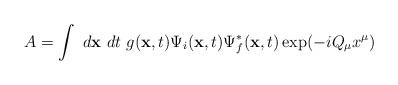
LaTeX: \begin{align*}A = \int~d{\bf x}~dt~ g({\bf x},t) \Psi_i ({\bf x},t) \Psi_f^{*} ({\bf x}, t) \exp(-i Q_{\mu} x^{\mu})\end{align*}